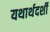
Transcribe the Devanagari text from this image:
यथार्थदर्शी